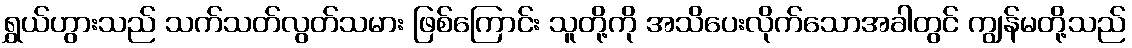
ရွှယ်ဟွားသည် သက်သတ်လွတ်သမား ဖြစ်ကြောင်း သူတို့ကို အသိပေးလိုက်သောအခါတွင် ကျွန်မတို့သည်